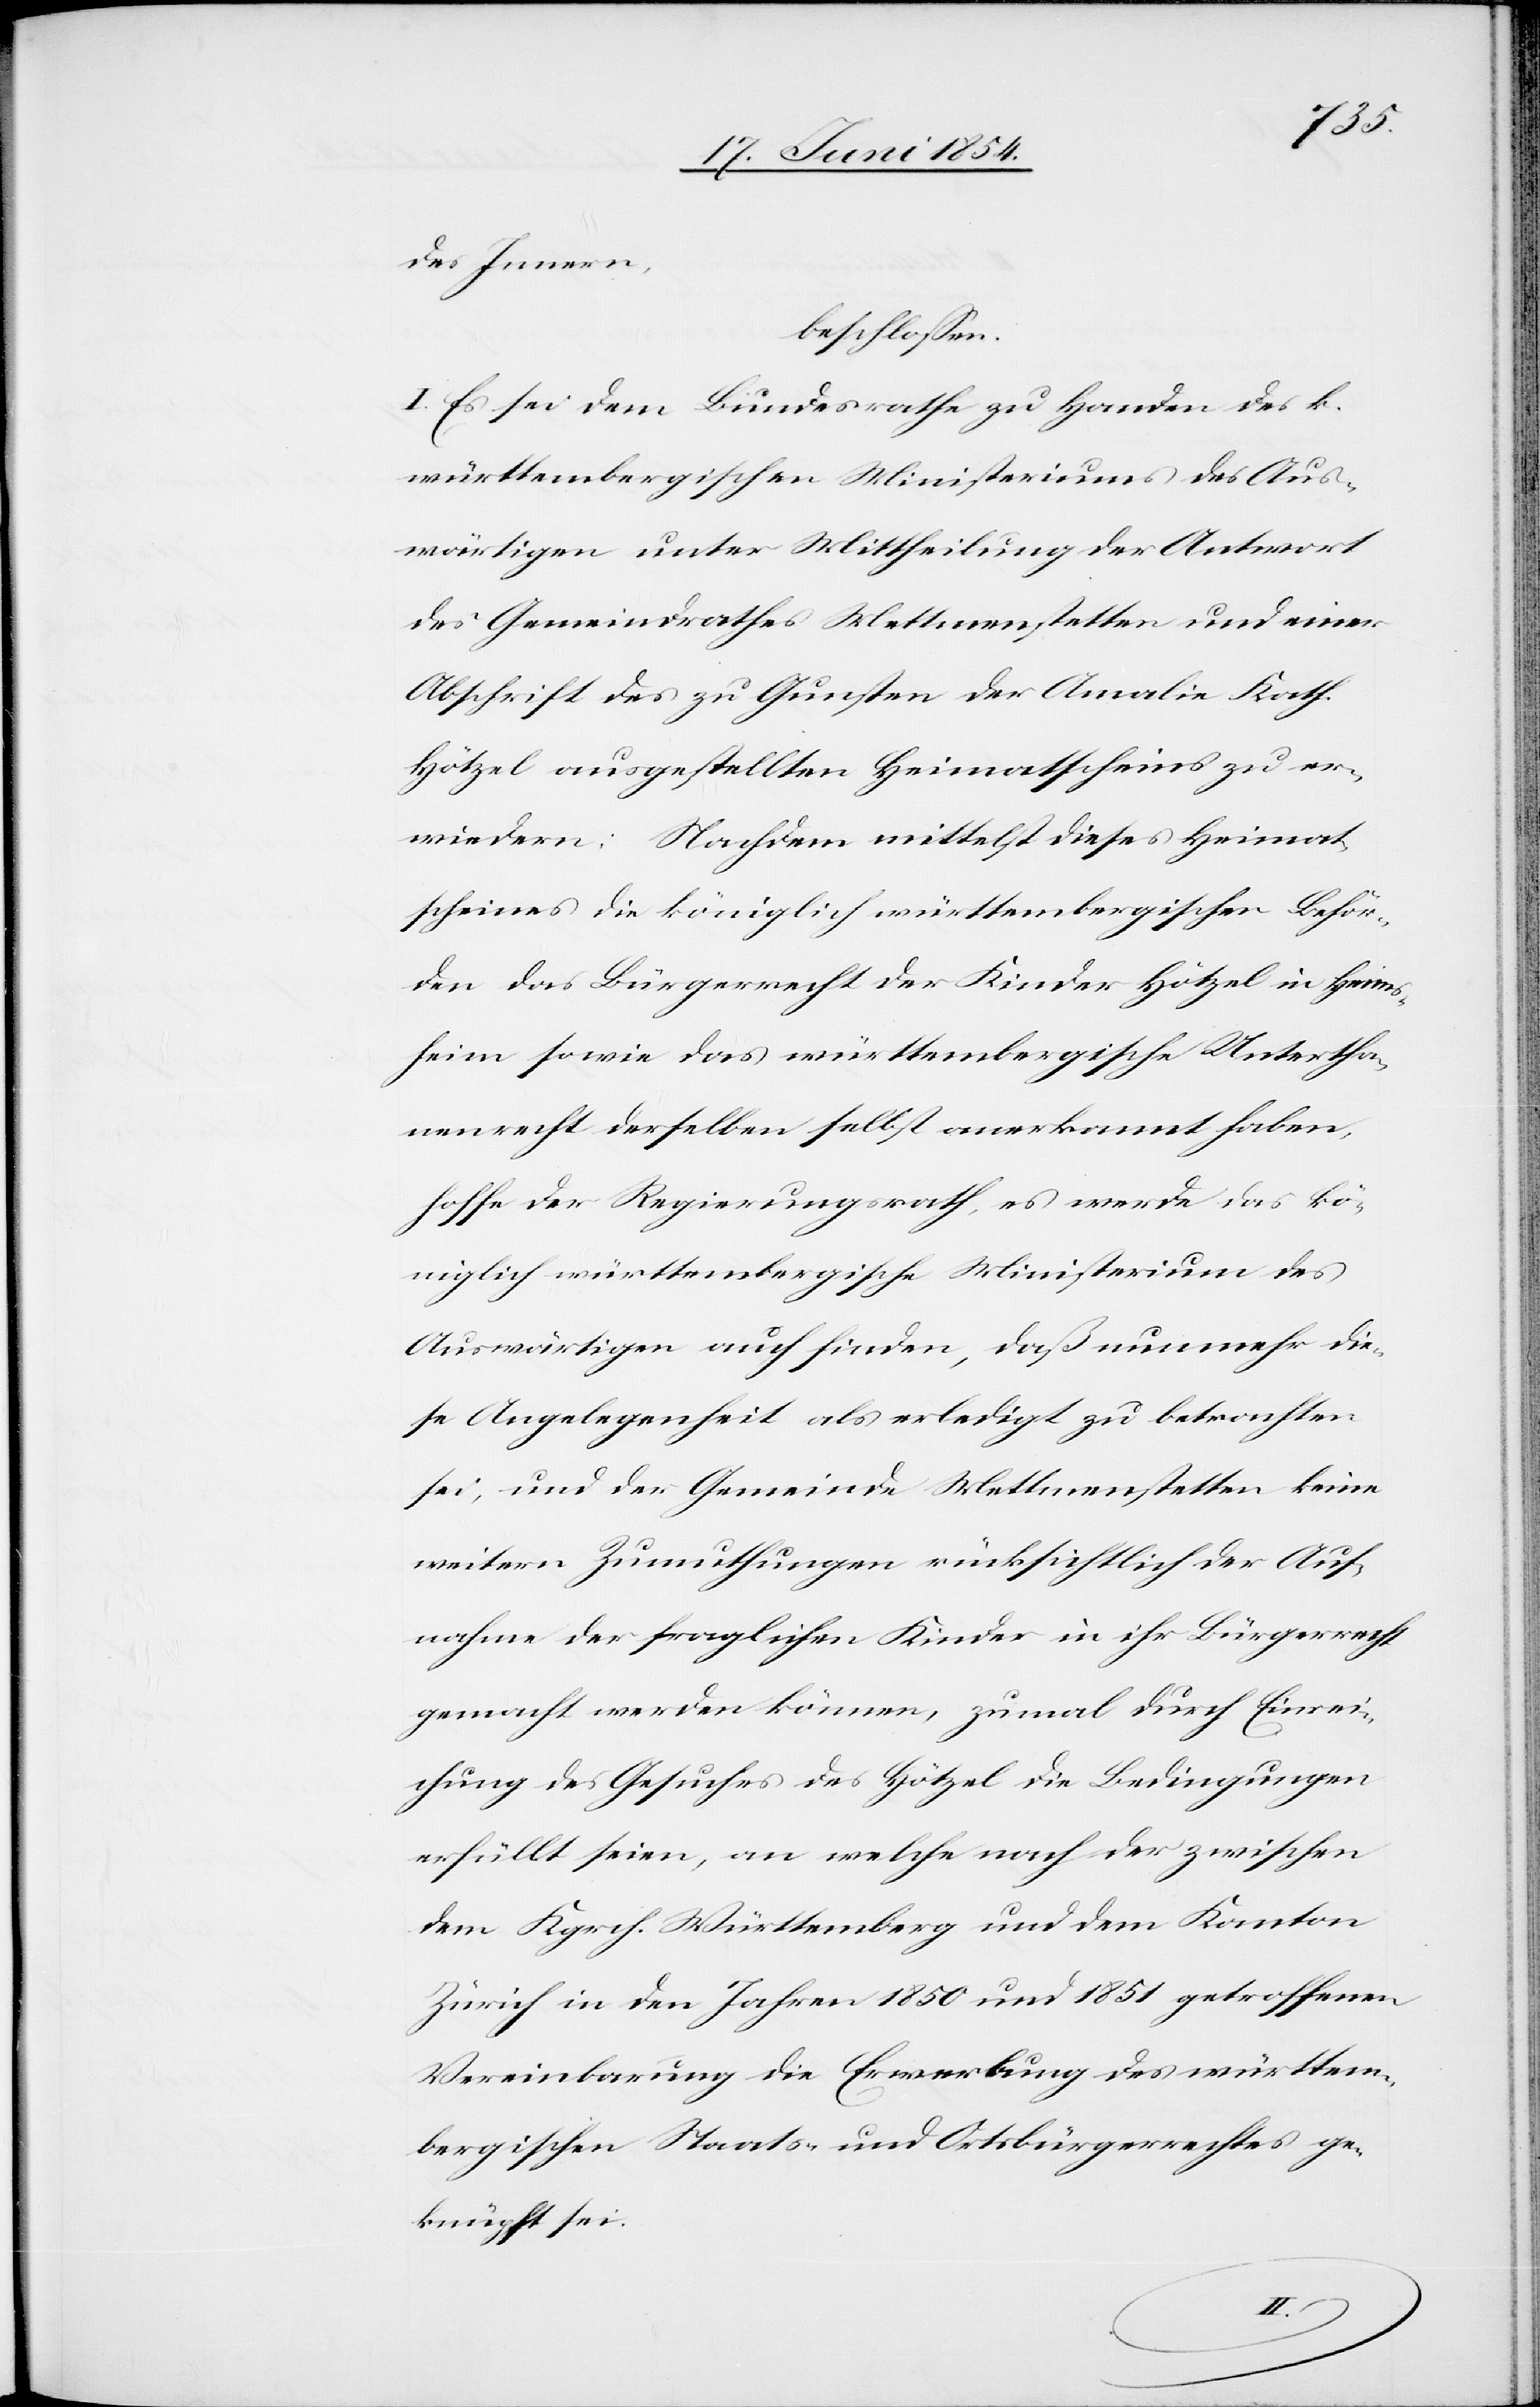
des Innern,
beschloßen:
I. Es sei dem Bundesrathe zu Handen des k.
württembergischen Ministeriums des Aus¬
wärtigen unter Mittheilung der Antwort
des Gemeindrathes Mettmenstetten und einer
Abschrift des zu Gunsten der Amalie Kath.
Hötzle ausgestellten Heimatscheins zu er¬
wiedern. Nachdem mittelst dieses Heimat¬
scheines die königlich württembergischen Behör¬
den das Bürgerrecht der Kinder Hötzel in Heims¬
heim sowie das württembergische Untertha¬
nenrecht derselben selbst anerkannt haben,
hoffe der Regierungsrath es werde das kö¬
niglich württembergische Ministerium des
Auswärtigen auch finden, daß nunmehr die¬
se Angelegenheit als erledigt zu betrachten
sei, und der Gemeinde Mettmenstetten keine
weitern Zumuthungen rücksichtlich der Auf¬
nahme der fraglichen Kinder in ihr Bürgerrecht
gemacht werden können, zumal durch Einrei¬
chung des Gesuches des Hötzel die Bedingungen
erfüllt seien, an welche nach der zwischen
dem Kgrch. Württemberg und dem Kanton
Zürich in den Jahren 1850 und 1851 getroffenen
Vereinbarung die Erwerbung des württem¬
bergischen Staats- und Ortsbürgerrechtes ge¬
knüpft sei.